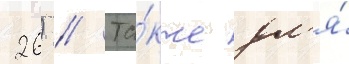
26) // Та́кже дл'я́